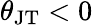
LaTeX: \theta_{\mathrm{JT}}<0